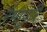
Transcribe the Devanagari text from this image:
रंभापुरि